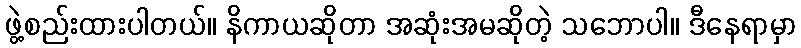
ဖွဲ့စည်းထားပါတယ်။ နိကာယဆိုတာ အဆုံးအမဆိုတဲ့ သဘောပါ။ ဒီနေရာမှာ